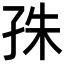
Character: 𡥛